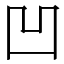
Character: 凹